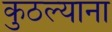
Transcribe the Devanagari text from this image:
कुठल्याना